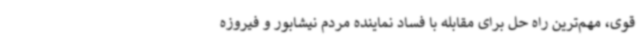
قوی، مهم‌ترین راه حل برای مقابله با فساد نماینده مردم نیشابور و فیروزه